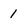
Character: 1